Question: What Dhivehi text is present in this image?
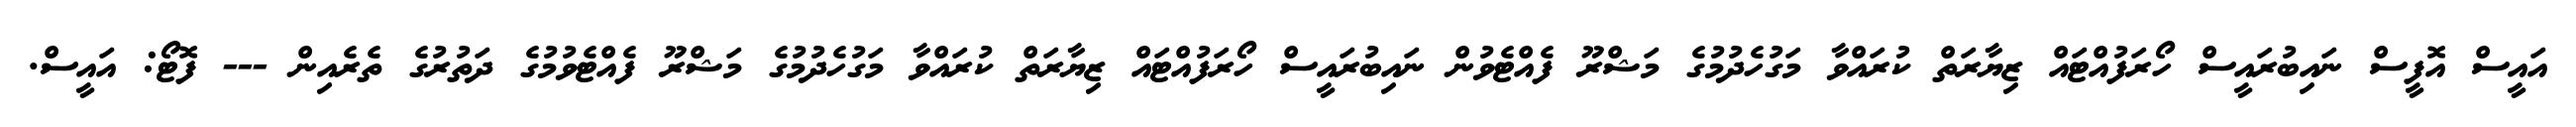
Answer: އައީސް އޮފީސް ނައިބުރައީސް ހޯރަފުއްޓައް ޒިޔާރަތް ކުރައްވާ މަގުހެދުމުގެ މަޝްރޫ ފެއްޓެވުން ނައިބުރައީސް ހޯރަފުއްޓައް ޒިޔާރަތް ކުރައްވާ މަގުހެދުމުގެ މަޝްރޫ ފެއްޓެވުމުގެ ދަތުރުގެ ތެރެއިން --- ފޮޓޯ: އައީސް.